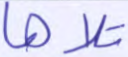
تلاها